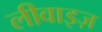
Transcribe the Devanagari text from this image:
लीवाइज़